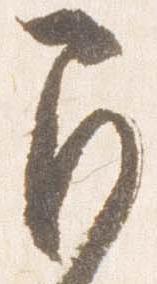
間